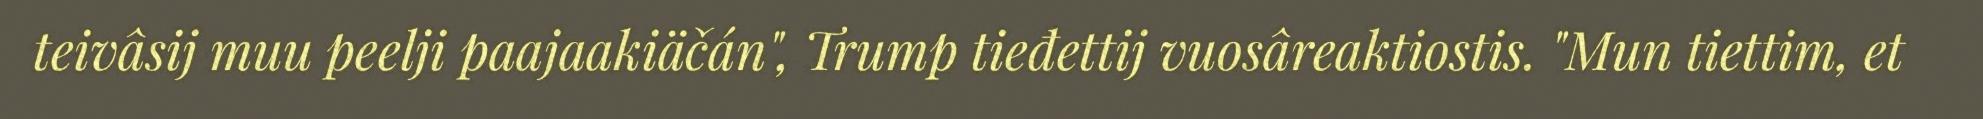
teivâsij muu peelji paajaakiäčán", Trump tieđettij vuosâreaktiostis. "Mun tiettim, et